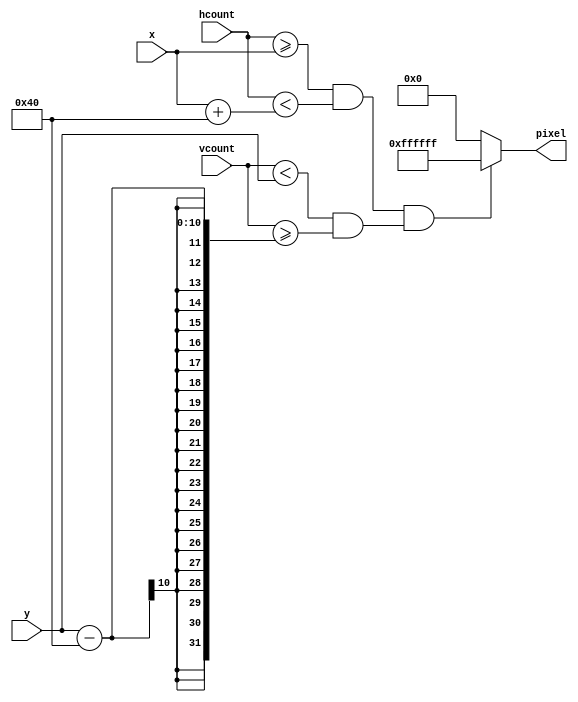
`timescale 1ns / 1ps
//////////////////////////////////////////////////////////////////////////////////
// Company: 
// Engineer: 
// 
// Design Name: 
// Module Name:    rectangle
// Project Name: 
// Target Devices: 
// Tool versions: 
// Description: generate rectangle on screen
//
// Dependencies: 
//
// Revision: 
// Revision 0.01 - File Created
// Additional Comments: 
//
//////////////////////////////////////////////////////////////////////////////////

module rectangle
	#(parameter WIDTH = 64,			// default width: 64 pixels
				HEIGHT = 64,			// default height: 64 pixels
                COLOR = 24'hFF_FF_FF)	// default color: white
	(input [10:0] x,hcount,
	 input [9:0] y,vcount,
     output reg [23:0] pixel);

	always @ * begin
		if ((hcount >= x && hcount < (x+WIDTH)) && 
			(vcount < y && vcount >= (y-HEIGHT)))
			pixel = COLOR;
		else pixel = 0;
	end
	
endmodule